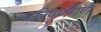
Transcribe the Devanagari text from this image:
परिपूर्णपणे